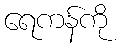
ရေကန်ကို